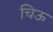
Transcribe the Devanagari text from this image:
चिऊ